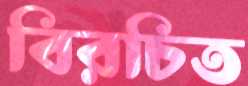
বিরচিত